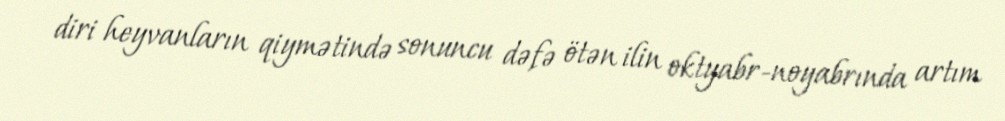
diri heyvanların qiymətində sonuncu dəfə ötən ilin oktyabr-noyabrında artım